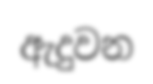
ඇදුවන